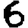
Digit: 6